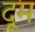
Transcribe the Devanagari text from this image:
दूूम